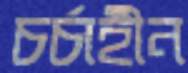
চর্চাহীন